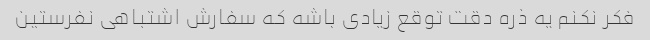
فکر نکنم یه ذره دقت توقع زیادی باشه که سفارش اشتباهی نفرستین